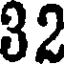
32